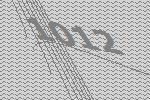
1012